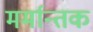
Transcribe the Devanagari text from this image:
मर्मान्तक